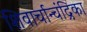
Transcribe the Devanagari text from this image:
शिवार्चान्चंद्रिका